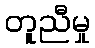
တူညီမှု